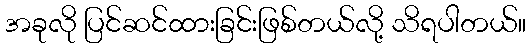
အခုလို ပြင်ဆင်ထားခြင်းဖြစ်တယ်လို့ သိရပါတယ်။